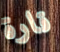
قارة